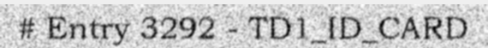
# Entry 3292 - TD1_ID_CARD